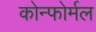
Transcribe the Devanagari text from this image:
कोन्फोर्मल